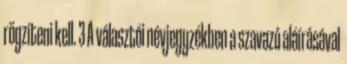
rögzíteni kell. 3 A választói névjegyzékben a szavazó aláírásával